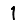
Digit: 1